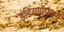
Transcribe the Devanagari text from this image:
इंडियाऍफ़एम्